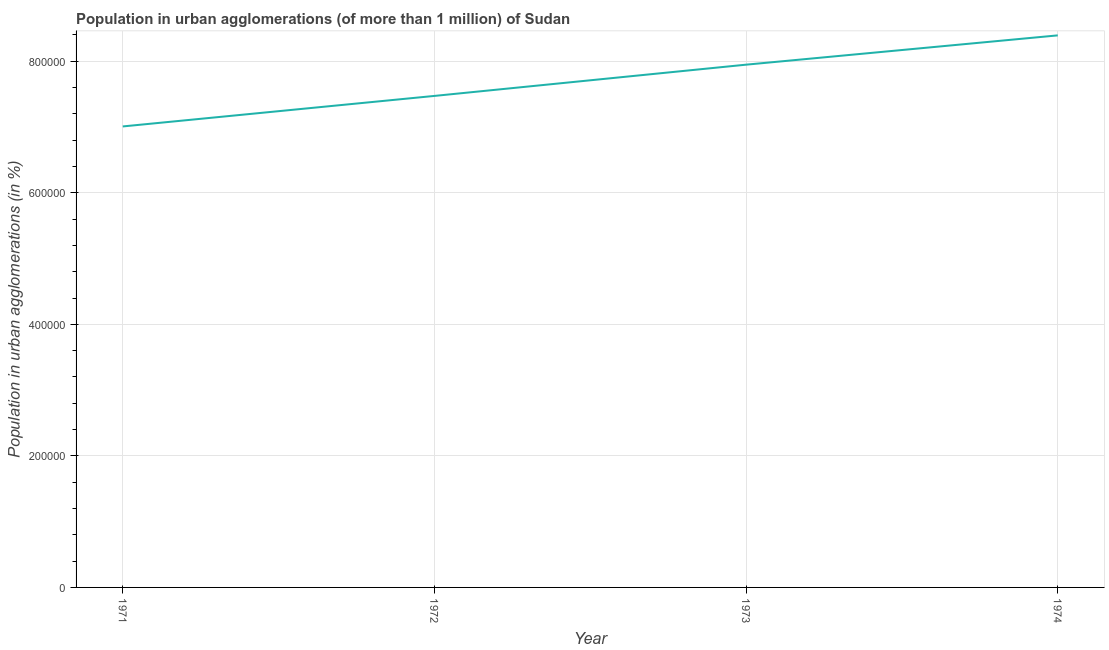
| Year | Population in urban agglomerations |
 | --- | --- |
 | 1971 | 7.01e+05 |
 | 1972 | 7.47e+05 |
 | 1973 | 7.95e+05 |
 | 1974 | 8.39e+05 |